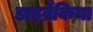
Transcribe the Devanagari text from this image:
डाइब्रैंकिया